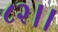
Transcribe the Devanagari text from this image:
८२।।